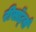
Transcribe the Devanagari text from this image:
रीसॉर्ट्स